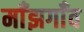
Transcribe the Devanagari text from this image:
माँझगाँव